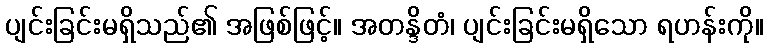
ပျင်းခြင်းမရှိသည်၏ အဖြစ်ဖြင့်။ အတန္ဒိတံ၊ ပျင်းခြင်းမရှိသော ရဟန်းကို။